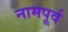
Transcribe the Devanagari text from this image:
नामपूर्व